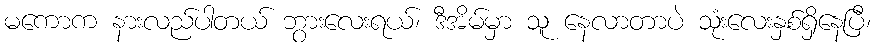
မကောက နားလည်ပါတယ် ဘွားလေးရယ်၊ ဒီအိမ်မှာ သူ နေလာတာပဲ သုံးလေးနှစ်ရှိနေပြီ၊